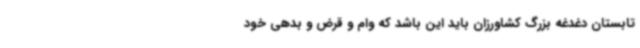
تابستان دغدغه بزرگ کشاورزان باید این باشد که وام و قرض و بدهی خود